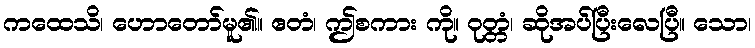
ကထေသိ၊ ဟောတော်မူ၏။ ဧတံ၊ ဤစကား ကို။ ဝုတ္တံ၊ ဆိုအပ်ပြီးလေပြီ။ သော၊